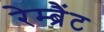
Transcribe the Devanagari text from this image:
रेम्ब्रैंट